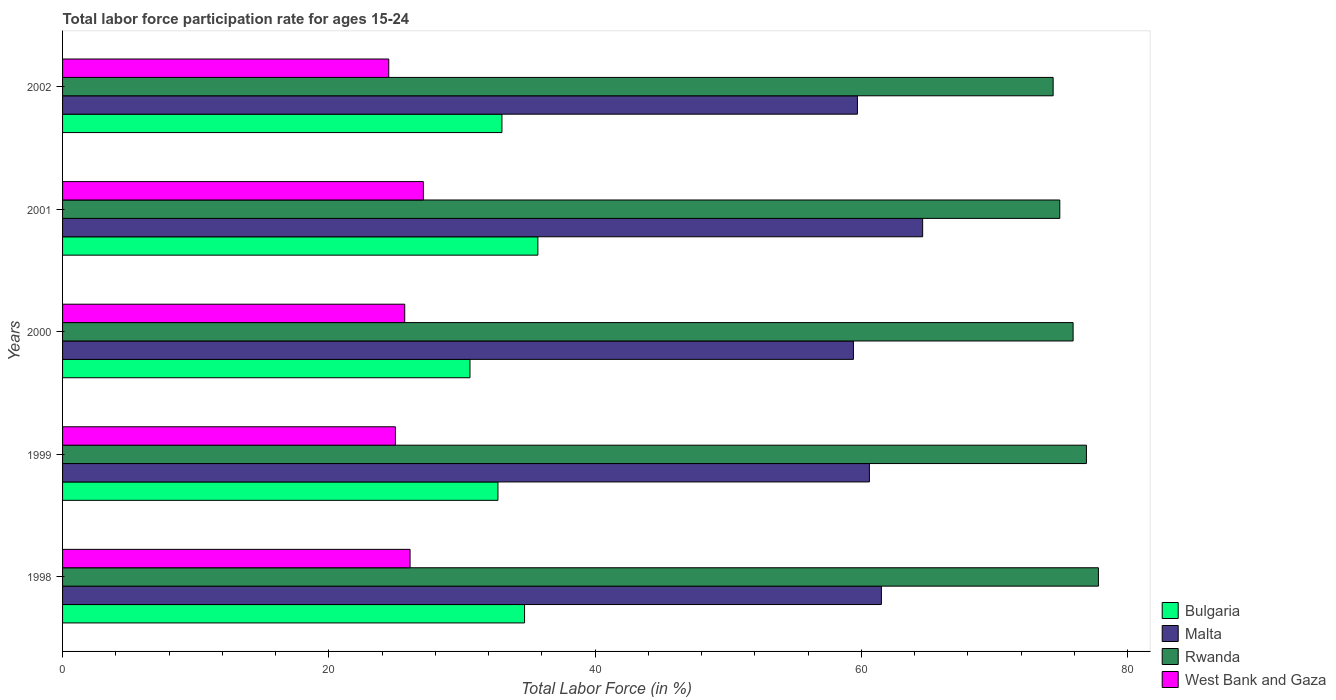
| Years | Bulgaria | Malta | Rwanda | West Bank and Gaza |
 | --- | --- | --- | --- | --- |
 | 1998 | 34.7 | 61.5 | 77.8 | 26.1 |
 | 1999 | 32.7 | 60.6 | 76.9 | 25 |
 | 2000 | 30.6 | 59.4 | 75.9 | 25.7 |
 | 2001 | 35.7 | 64.6 | 74.9 | 27.1 |
 | 2002 | 33 | 59.7 | 74.4 | 24.5 |